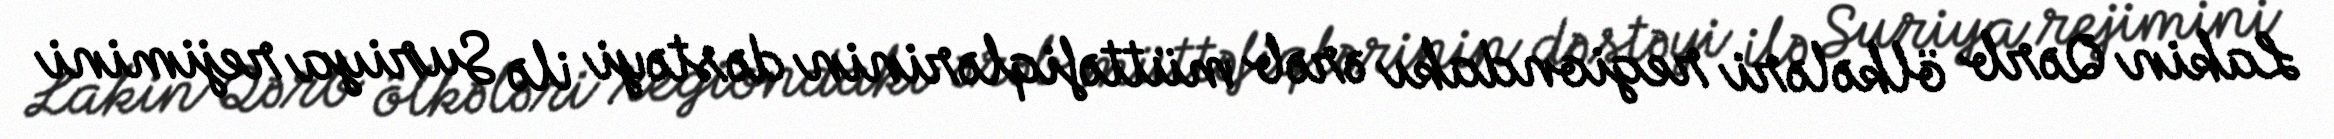
Lakin Qərb ölkələri regiondakı ərəb müttəfiqlərinin dəstəyi ilə Suriya rejimini